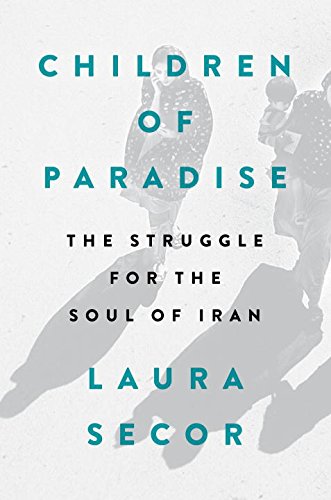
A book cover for Children of Paradise: The Struggle for the Soul of Iran; Laura Secor; History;